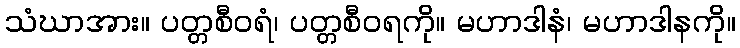
သံဃာအား။ ပတ္တစီဝရံ၊ ပတ္တစီဝရကို။ မဟာဒါနံ၊ မဟာဒါနကို။